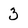
Character: 3